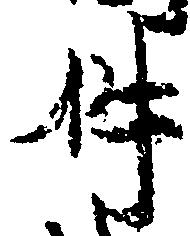
件